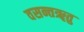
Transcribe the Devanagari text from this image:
वसन्तॠतु